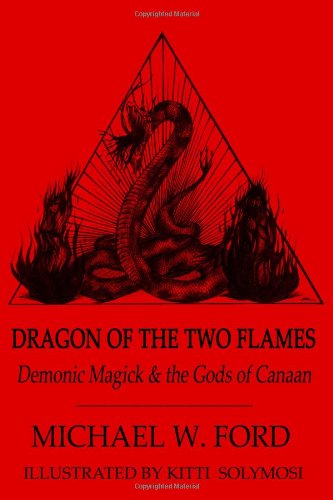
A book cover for Dragon of the Two Flames: Demonic Magick and the Gods of Canaan; Michael W. Ford; Religion & Spirituality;